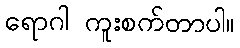
ရောဂါ ကူးစက်တာပါ။